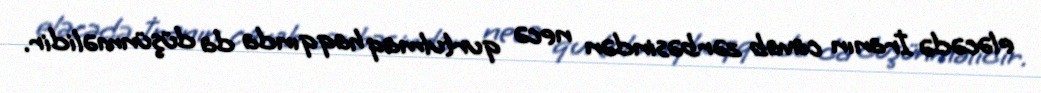
eləcədə İranın cavab zərbəsindən necə qurtulmaq haqqında da düşünməlidir.